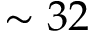
\sim 3 2